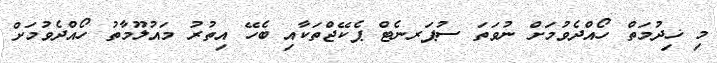
މި ޚިދުމަތް ހޯއްދެވުމަށް ނުވަތަ ސުޕަރނެޓް ޕެކޭޖްތަކާއި ބެހޭ އިތުރު މައުލޫމާތު ހޯއްދެވުމަށް